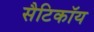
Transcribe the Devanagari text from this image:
सैटिकॉय